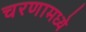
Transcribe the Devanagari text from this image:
चरणामध्ये